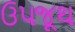
ઉપજૂથ